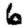
Digit: 6